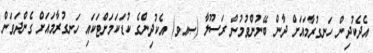
އެދެކުދިން ހަނގުރާމައަށް ދާން ބޭނުންވުމުން ރަސޫލާ (ޞޢވ) އެކުދިންގެ ކުޑަކަމަށްޓަކައި ހަނގުރާމައަށް ގެންދަވަން